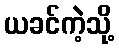
ယခင်ကဲ့သို့